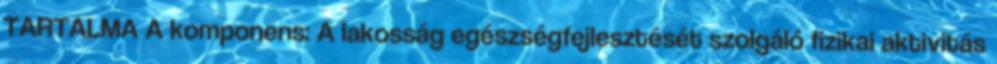
TARTALMA A komponens: A lakosság egészségfejlesztését szolgáló fizikai aktivitás